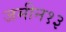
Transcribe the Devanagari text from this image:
जमीन१३